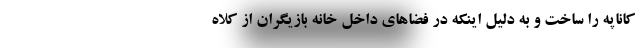
کاناپه را ساخت و به دليل اينکه در فضاهاي داخل خانه بازيگران از کلاه